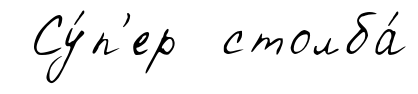
Су́п'ер столба́